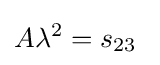
A\lambda ^{2}=s_{23}~